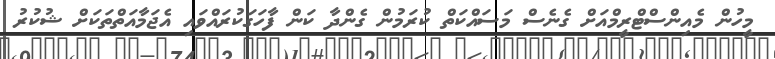
މީހުން މެއިންސްޓްރީމްއަށް ގެނެސް މަސައްކަތް ކުރަމުން ގެންދާ ކަން ފާހަގަކުރައްވައި އެޖަމާއަތްތަކަށް ޝުކުރު